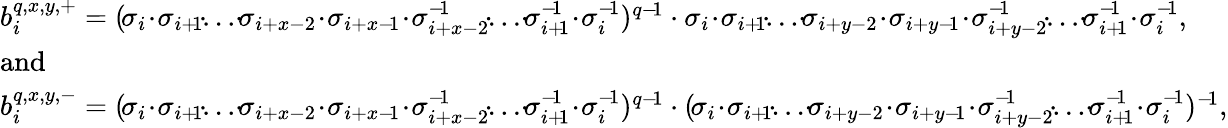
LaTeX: \begin{array}{l}{b_{i}^{q,x,y,+}=(\! \sigma_{i}\! \cdot\! \sigma_{i+\! 1}\! \cdot\! ...\! \cdot\! \sigma_{i+x-2}\! \cdot\! \sigma_{i+x-\! 1}\! \cdot\! \sigma_{i+x-2}^{-\! 1}\! \cdot\! ...\! \cdot\! \sigma_{i+\! 1}^{-\! 1}\! \cdot\! \sigma_{i}^{-\! 1})^{q-\! 1}\cdot\sigma_{i}\! \cdot\! \sigma_{i+\! 1}\! \cdot\! ...\! \cdot\! \sigma_{i+y-2}\! \cdot\! \sigma_{i+y-\! 1}\! \cdot\! \sigma_{i+y-2}^{-\! 1}\! \cdot\! ...\! \cdot\! \sigma_{i+\! 1}^{-\! 1}\! \cdot\! \sigma_{i}^{-\! 1},}\\ {\mathrm{and}}\\ {b_{i}^{q,x,y,-}=(\! \sigma_{i}\! \cdot\! \sigma_{i+\! 1}\! \cdot\! ...\! \cdot\! \sigma_{i+x-2}\! \cdot\! \sigma_{i+x-\! 1}\! \cdot\! \sigma_{i+x-2}^{-\! 1}\! \cdot\! ...\! \cdot\! \sigma_{i+\! 1}^{-\! 1}\! \cdot\! \sigma_{i}^{-\! 1})^{q-\! 1}\cdot(\! \sigma_{i}\! \cdot\! \sigma_{i+\! 1}\! \cdot\! ...\! \cdot\! \sigma_{i+y-2}\! \cdot\! \sigma_{i+y-\! 1}\! \cdot\! \sigma_{i+y-2}^{-\! 1}\! \cdot\! ...\! \cdot\! \sigma_{i+\! 1}^{-\! 1}\! \cdot\! \sigma_{i}^{-\! 1})^{-\! 1},}\end{array}